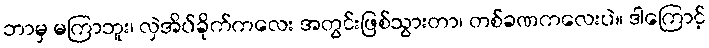
ဘာမှ မကြာဘူး၊ လှဲအိပ်ခိုက်ကလေး အတွင်းဖြစ်သွားတာ၊ တစ်ခဏကလေးပဲ။ ဒါကြောင့်